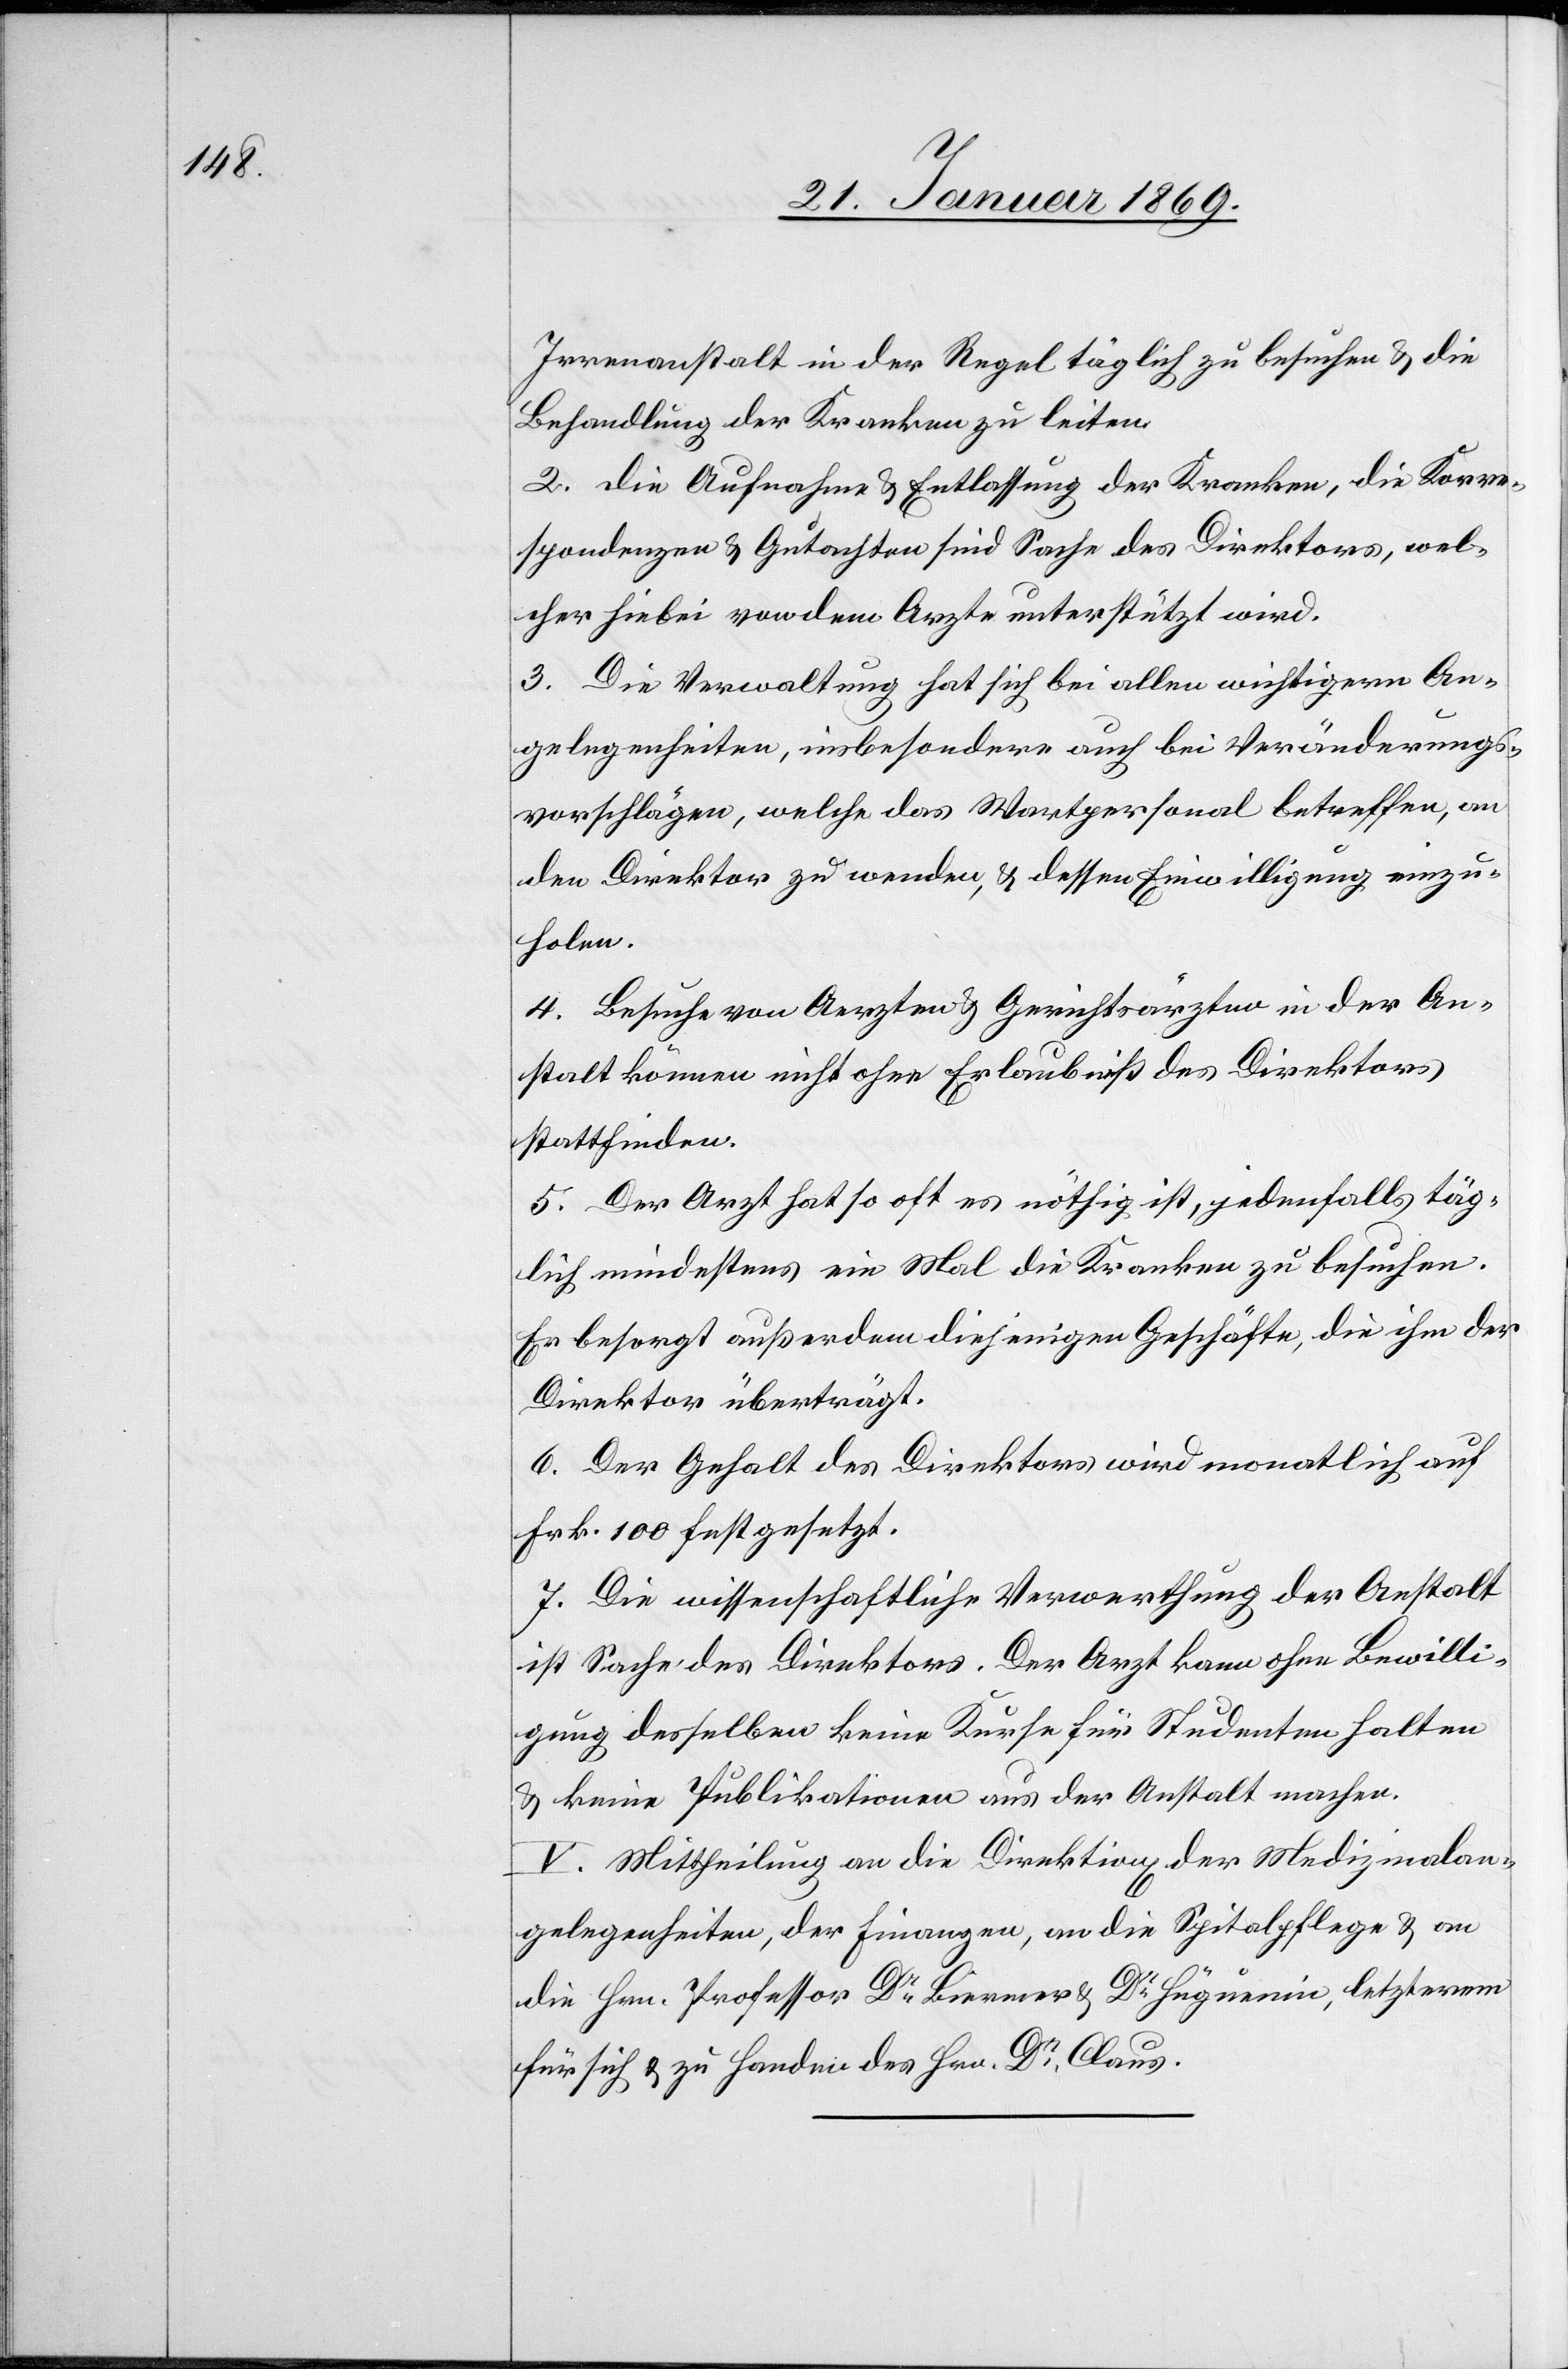
Irrenanstalt in der Regel täglich zu besuchen & die
Behandlung der Kranken zu leiten.
2. Die Aufnahme & Entlassung der Kranken, die Korre¬
spondenzen & Gutachten sind Sache des Direktors, wel¬
cher hiebei von dem Arzte unterstützt wird.
3. Die Verwaltung hat sich bei allen wichtigern An¬
den Direktor zu wenden, u. dessen Einwilligung einzu¬
holen.
4. Besuche von Aerzten & Gerichtsärzten in der An¬
stalt können nicht ohne Erlaubniß des Direktors
stattfinden.
5. Der Arzt hat so oft es nöthig ist, jedenfalls täg¬
lich mindestens ein Mal die Kranken zu besuchen.
Er besorgt außerdem diejenigen Geschäfte, die ihm der
Direktor überträgt.
6. Der Gehalt des Direktors wird monatlich auf
Frk. 100 festgesetzt.
7. Die wissenschaftliche Verwerthung der Anstalt
ist Sache des Direktors. Der Arzt kann ohne Bewilli¬
gung desselben keine Kurse für Studenten halten
& keine Publikationen aus der Anstalt machen.
V. Mittheilung an die Direktion der Medizinalan¬
gelegenheiten, der Finanzen, an die Spitalpflege & an
die Hrn. Professor Dr Biermer & Dr Huguenin, letzterm
für sich & zu Handen des Hrn. Dr Claus.